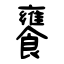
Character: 饔